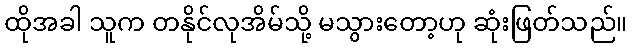
ထိုအခါ သူက တနိုင်လုအိမ်သို့ မသွားတော့ဟု ဆုံးဖြတ်သည်။